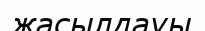
жасылдауы